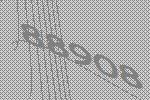
88908